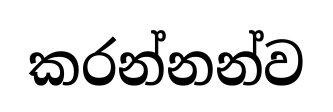
කරන්නන්ව